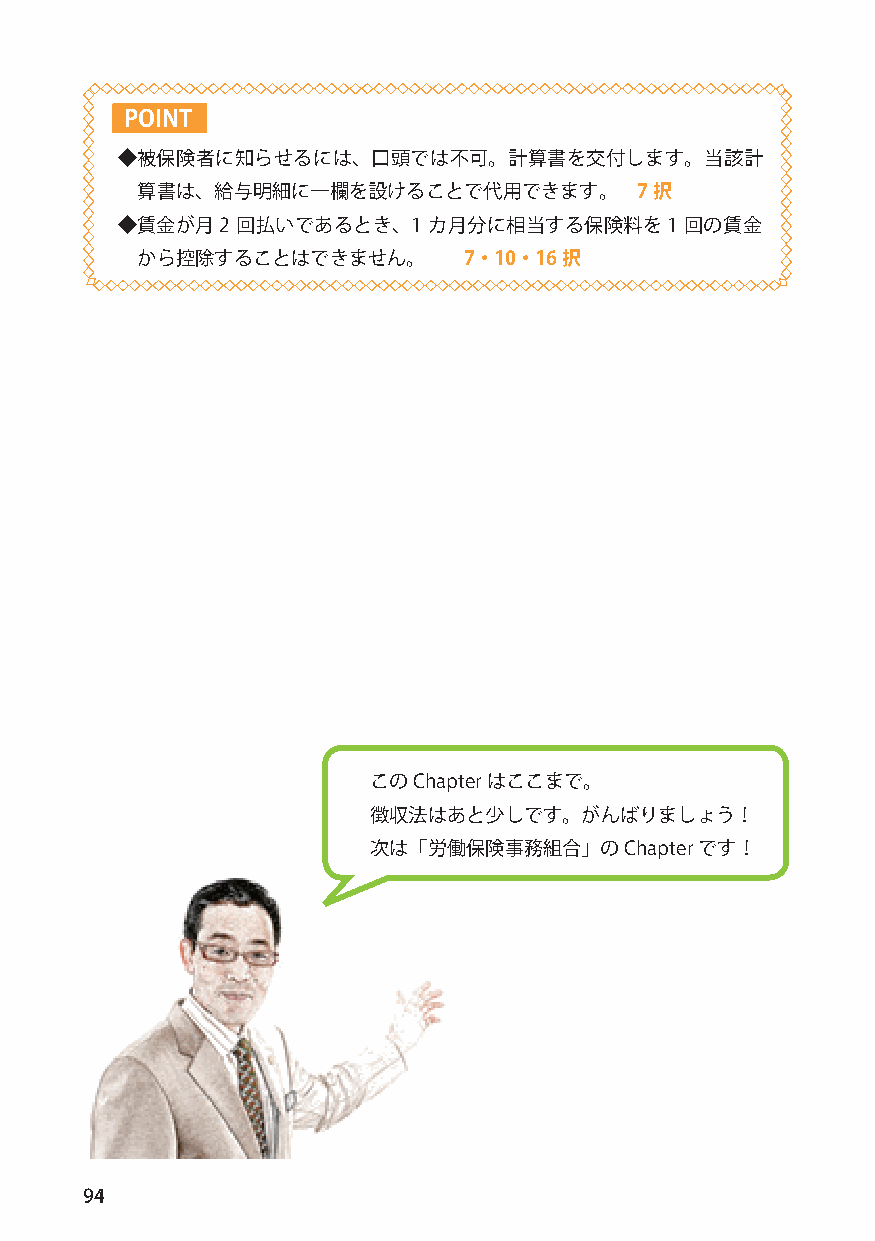
POINT
 ◆被保険者に知らせるには、口頭では不可。計算書を交付します。当該計
 算書は、給与明細に一欄を設けることで代用できます。        7択
 ◆賃金が月2  回払いであるとき、1  カ月分に相当する保険料を1    回の賃金
 から控除することはできません。       7・10・16択
 このChapterはここまで。
 徴収法はあと少しです。がんばりましょう！
 次は「労働保険事務組合」のChapterです！
 94